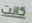
كانت